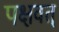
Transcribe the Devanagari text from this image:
पक्षवत्